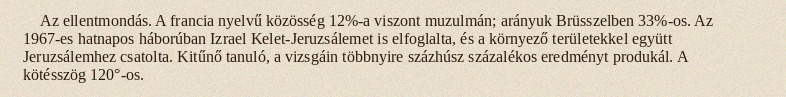
Az ellentmondás. A francia nyelvű közösség 12%-a viszont muzulmán; arányuk Brüsszelben 33%-os. Az 1967-es hatnapos háborúban Izrael Kelet-Jeruzsálemet is elfoglalta, és a környező területekkel együtt Jeruzsálemhez csatolta. Kitűnő tanuló, a vizsgáin többnyire százhúsz százalékos eredményt produkál. A kötésszög 120°-os.